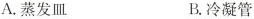
A.蒸发皿 B.冷凝管